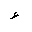
Letter: _hamza